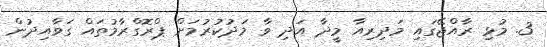
3. މުޅި ރާއްޖޭގައި މަދިރިއާ މީދާ އަދި ވާ މަދުކުރުމަށް ޕްރޮގްރާމުތައް ގަވާއިދުން